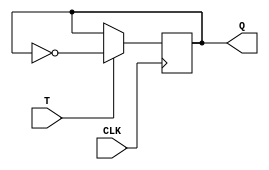
module t_latch (
    input T,
    input CLK,
    output reg Q
);

always @ (posedge CLK) begin
    if (T == 1'b1) begin
        Q <= ~Q;
    end
end

endmodule